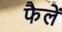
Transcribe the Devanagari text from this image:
फैलें